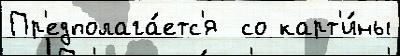
Пр'едполага́етс'я  со карт'и́ны